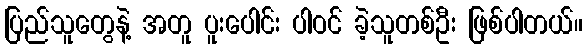
ပြည်သူတွေနဲ့ အတူ ပူးပေါင်း ပါဝင် ခဲ့သူတစ်ဦး ဖြစ်ပါတယ်။